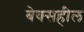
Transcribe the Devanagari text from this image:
बेक्सहील